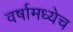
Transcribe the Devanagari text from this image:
वर्षामध्येच